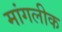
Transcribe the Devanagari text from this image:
मांगलीक